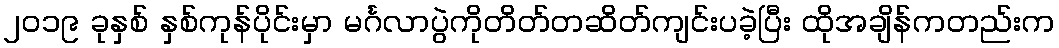
၂၀၁၉ ခုနှစ် နှစ်ကုန်ပိုင်းမှာ မင်္ဂလာပွဲကိုတိတ်တဆိတ်ကျင်းပခဲ့ပြီး ထိုအချိန်ကတည်းက